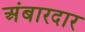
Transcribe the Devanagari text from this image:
अंबारदार